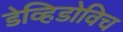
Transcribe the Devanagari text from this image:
डेव्हिडोविच